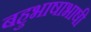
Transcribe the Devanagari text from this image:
बहुभाषाभाषी